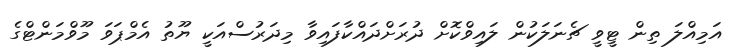
އަމިއްލަ ތިން ޓީވީ ޗެނަލަކުން ލައިވްކޮށް ދުރަށްދައްކާފައިވާ މިދަރުސްއަކީ ޔޫތު އެމްޕަވަ މޫވްމަންޓްގެ